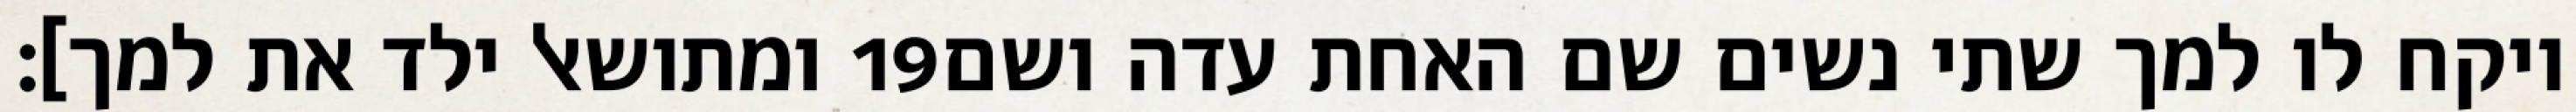
ומתושאל ילד את למך]׃ ‎19‏ ויקח לו למך שתי נשים שם האחת עדה ושם